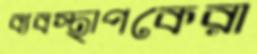
ব্যবস্থাপকেরা